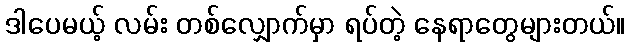
ဒါပေမယ့် လမ်း တစ်လျှောက်မှာ ရပ်တဲ့ နေရာတွေများတယ်။